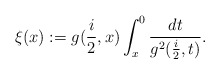
\begin{align*}\xi(x):=g(\frac{i}{2},x)\int_{x}^{0}\frac{dt}{g^{2}(\frac{i}{2},t)}.\end{align*}